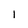
Character: 1